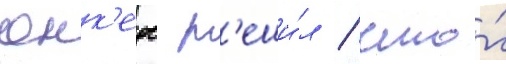
юнк'ерс р'еши́л / что́